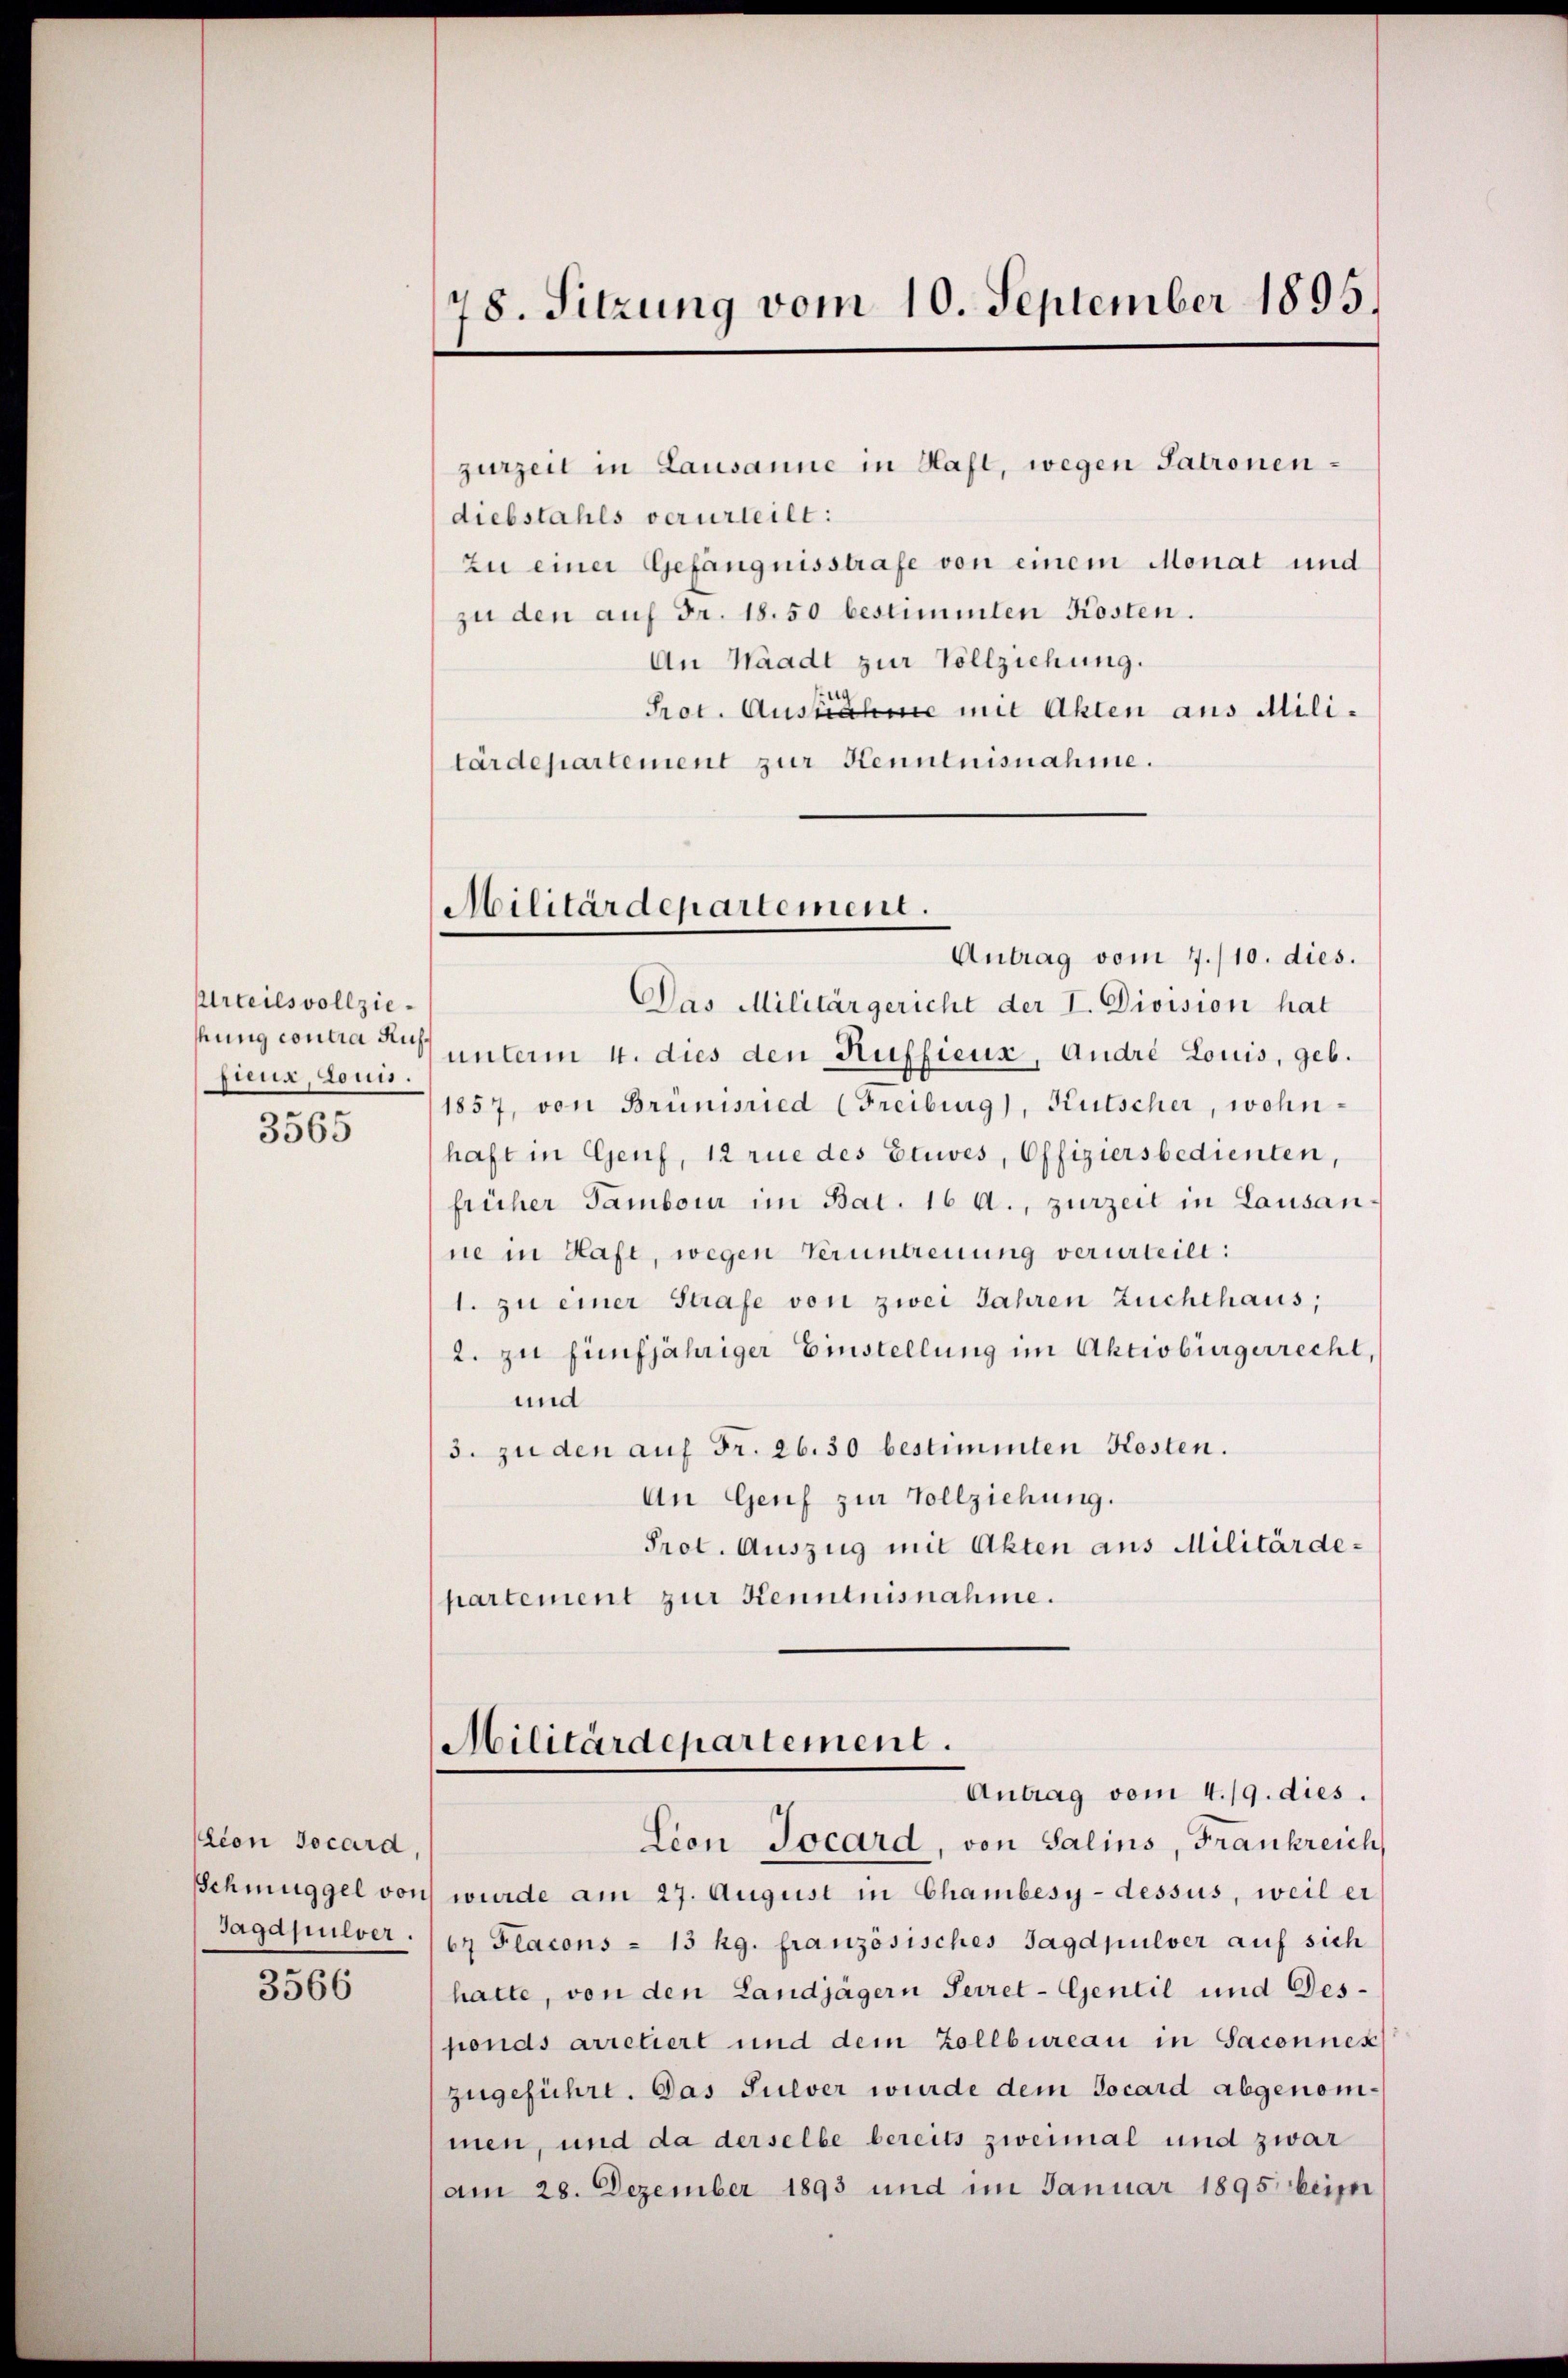
Urteilsvollziesina, denn.

3565

tion Jocard.
Schmuggel von
Jagdpulver.

3566

78. Sitzung vom 10. September 1895.

zurzeit in Lausanne in Hafl, wegen Patronendiebstahls verurteilt:
zu einer Gefängnisstrafe von einem Monat und
zu den auf Fr. 18. 50 bestimmten Kosten.
An Waadt zur Vollziehung.
Prot. Ausnahme mit Akten aus Militärdepartement zur Kenntnisnahme.

Militärdepartement.

Antrag vom 7./10. dies.
Das Militärgericht der I. Division hat
hung contrage unterm 4. dies den Ruffieux, Andre Louis, geb.
1857, von Brünisried (Freiburg), Kutscher, wohnhaft in Genf, 12 rue des Etives, Offiziersbedienten,
früher Tambour im Bat. 16 A., zurzeit in Lausanne in Hafe, wegen Veruntreuung verurteilt:
1. zu einer Strafe von zwei Jahren Zuchthaus,
2. zu fünfjähriger Einstellung im Aktivbürgerrecht,
und
3. zu den auf Fr. 26. 30 bestimmten Kosten.
An Genf zur Vollziehung.
Prot. Auszug mit Akten aus Militärdepartement zur Kenntnisnahme.

Militärdepartement.
Antrag vom 4./9. dies.

Lion Pocard, von Salins, Frankreich
) wurde am 27. August in Chambesy-dessus, weil er
67 Flacons - 13 kg. französisches Jagdpulver auf sich
hatte, von den Landjägern Secret-Gentil und Desfonds arretiert und dem Zollbureau in Saconnex
zugeführe. Das Pulver wurde dem Jocard abgenommen, und da derselbe bereits zweimal und zwar
am 28. Dezember 1893 und im Januar 1895 beim